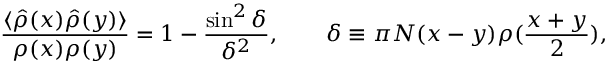
{ \frac { \langle \hat { \rho } ( x ) \hat { \rho } ( y ) \rangle } { \rho ( x ) \rho ( y ) } } = 1 - { \frac { \sin ^ { 2 } \delta } { \delta ^ { 2 } } } , \quad \quad \delta \equiv \pi N ( x - y ) \rho ( { \frac { x + y } { 2 } } ) ,